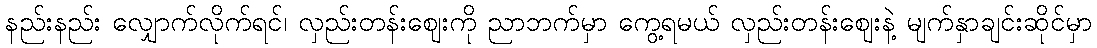
နည်းနည်း လျှောက်လိုက်ရင်၊ လှည်းတန်းဈေးကို ညာဘက်မှာ ကွေ့ရမယ် လှည်းတန်းဈေးနဲ့ မျက်နှာချင်းဆိုင်မှာ